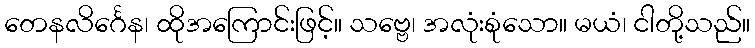
တေနလိင်္ဂေန၊ ထိုအကြောင်းဖြင့်။ သဗ္ဗေ၊ အလုံးစုံသော။ မယံ၊ ငါတို့သည်။